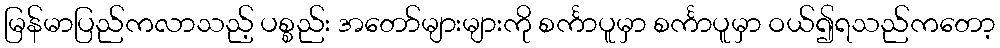
မြန်မာပြည်ကလာသည့် ပစ္စည်း အတော်များများကို စင်္ကာပူမှာ စင်္ကာပူမှာ ဝယ်၍ရသည်ကတော့